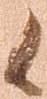
候